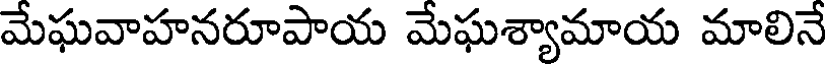
మేఘవాహనరూపాయ మేఘశ్యామాయ మాలినే